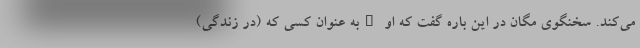
می‌کند. سخنگوی مگان در این باره گفت که او "به عنوان کسی که (در زندگی)